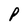
Character: P